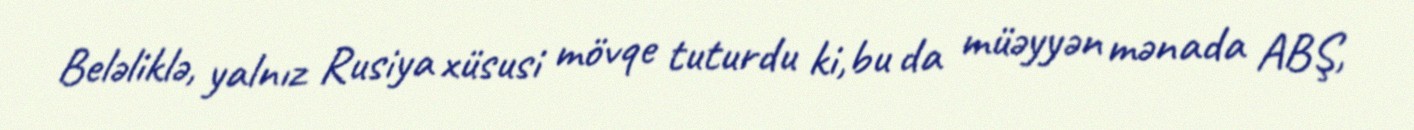
Beləliklə, yalnız Rusiya xüsusi mövqe tuturdu ki,bu da müəyyən mənada ABŞ,